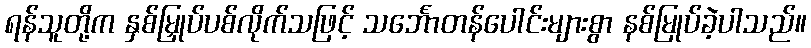
ရန်သူတို့က နှစ်မြှုပ်ပစ်လိုက်သဖြင့် သင်္ဘောတန်ပေါင်းများစွာ နစ်မြုပ်ခဲ့ပါသည်။